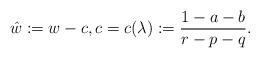
LaTeX: \begin{align*} \hat{w} := w - c, c = c(\lambda) := \frac{1-a-b}{r-p-q}. \end{align*}